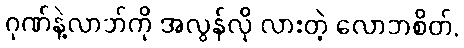
ဂုဏ်နဲ့လာဘ်ကို အလွန်လို လားတဲ့ လောဘစိတ်,